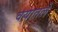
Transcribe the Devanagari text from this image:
वयातले